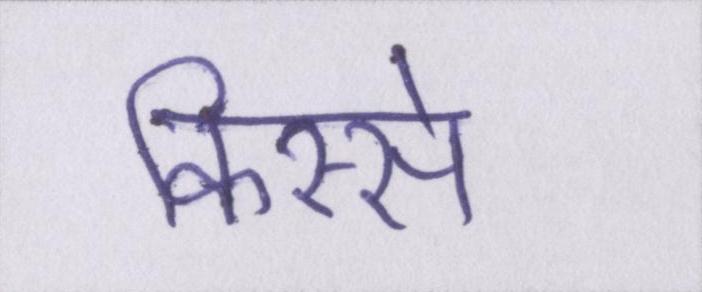
किस्से